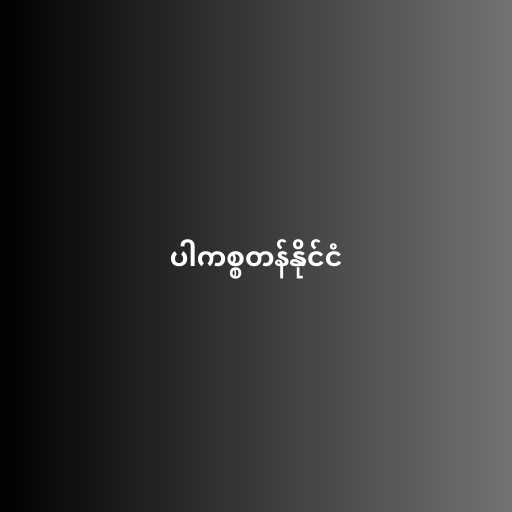
ပါကစ္စတန်နိုင်ငံ